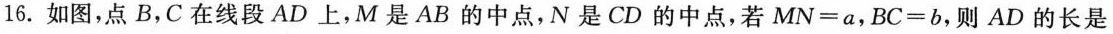
16.如图，点B，C在线段AD上，M是AB的中点，N是CD的中点，若MN=a，BC=b，则AD的长是